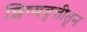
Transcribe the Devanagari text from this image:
शिष्यवृत्तीतून